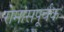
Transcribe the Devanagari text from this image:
रोमांसपूर्वक